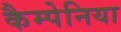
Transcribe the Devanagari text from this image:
कैम्पेनिया